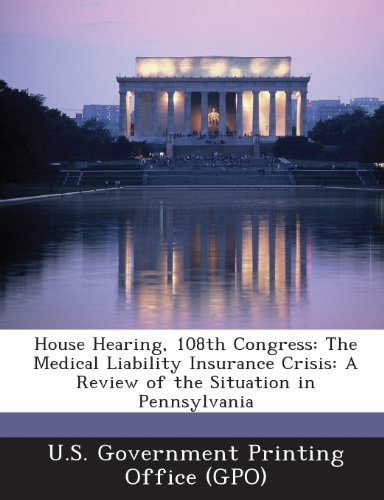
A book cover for House Hearing, 108th Congress: The Medical Liability Insurance Crisis: A Review of the Situation in Pennsylvania; Business & Money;